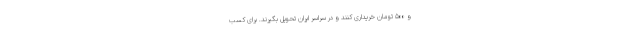
و ۵۰۰ تومان خریداری کنند و در سراسر ایران تحویل بگیرند. برای کسب